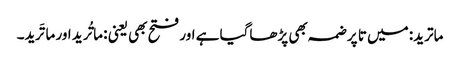
ماترید: میں تا پر ضمہ بھی پڑھاگیا ہے اور فتح بھی یعنی : ماتُرید اور ماتَرید۔